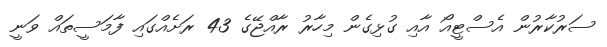
ސަރުކާރުން އެސްޓީއޯ އާއި ގުޅިގެން މިހާރު ރާއްޖޭގެ 43 ރަށެއްގައި ފާމަސީތައް ވަނީ